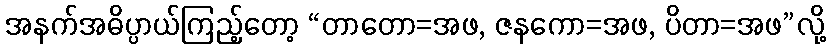
အနက်အဓိပ္ပာယ်ကြည့်တော့ “တာတော=အဖ, ဇနကော=အဖ, ပိတာ=အဖ”လို့